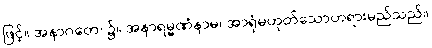
ဖြင့်။ အနာဂတေ၊ ၌။ အနာရမ္မဏံနာမ၊ အာရုံမဟုတ်သောတရားမည်သည်။